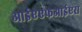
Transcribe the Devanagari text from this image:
आईएएफआईएस